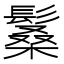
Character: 𩮧